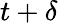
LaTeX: t+\delta